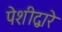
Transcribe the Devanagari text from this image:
पेशीद्वारे